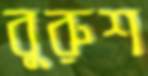
বুরুশ